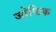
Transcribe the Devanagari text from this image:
जोप्टिक